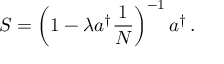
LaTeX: S = \left( 1 - \lambda a ^ { \dagger } { \frac { 1 } { N } } \right) ^ { - 1 } a ^ { \dagger } \, .